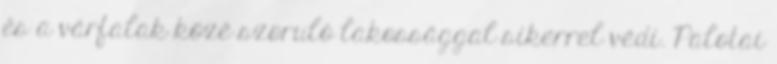
és a várfalak közé szoruló lakossággal sikerrel védi. Palotai